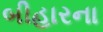
બીહારના